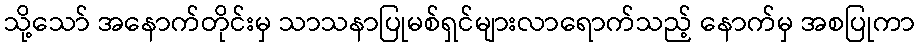
သို့သော် အနောက်တိုင်းမှ သာသနာပြုမစ်ရှင်များလာရောက်သည့် နောက်မှ အစပြုကာ